Report of the Municipal Commissioner on the plague in Bombay for the year ending 31st May... - Volume 3
Disease focus: Plague
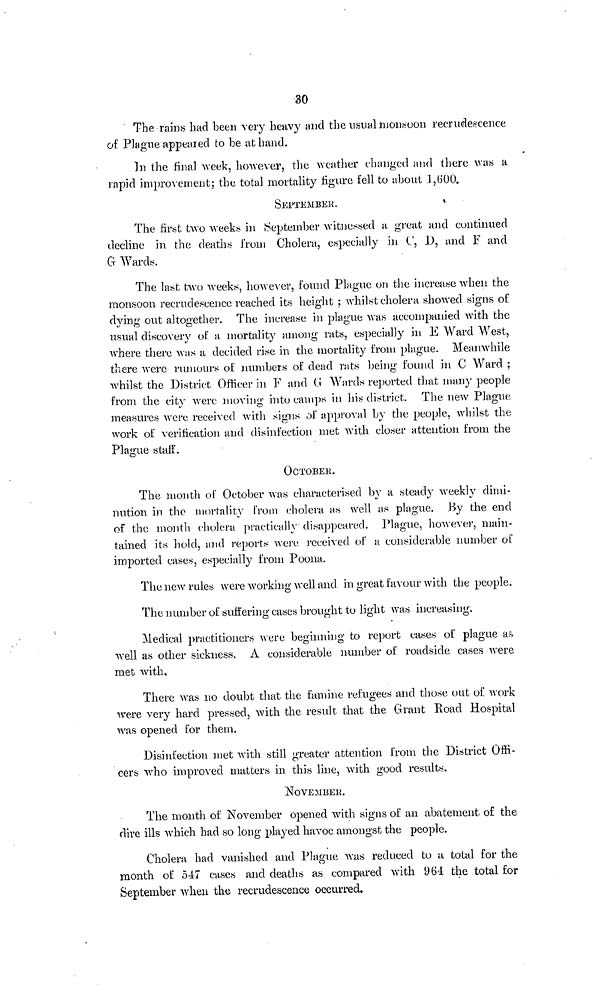
30
The rain« had been very heavy and the usual monsoon recrudescence
of Plague appeared to be at hand.
In the final week, however, the weather changed and there was a
rapid improvement; the total mortality figure fell to about 1,600.
SEPTEMBER.
The first two weeks in September witnessed a great and continued
decline in the deaths from Cholera, especially in C, I), and F and
G Wards.
The last two weeks, however, found Plague on the increase when the
monsoon recrudescence reached its height ; whilst cholera showed signs of
dying out altogether. The increase in plague was accompanied with the
usual discovery of a mortality among rats, especially in E Ward West,
where there was a decided rise in the mortality from plague. Meanwhile
there were rumours of numbers of dead rats being found in C Ward ;
whilst the District Officer in F and G Wards reported that many people
from the city were moving into camps in his district. The new Plague
measures were received with signs of approval by the people, whilst the.
work of verification and disinfection met with closer attention from the
Plague staff.
OCTOBER.
The month of October was characterised by a steady weekly dimi-
nution in the mortality from cholera as well as plague. By the end
of the month cholera practically disappeared. Plague, however, main-
tained its hold, and reports were received of a considerable number of
imported cases, especially from Poona.
The new rules were working well and in great favour with the people.
The number of suffering cases brought to light was increasing.
Medical practitioners were beginning to report cases of plague as
well as other sickness. À considerable number of roadside cases were
met with,
There was no doubt that the famine refugees and those out of work
were very hard pressed, with the result that the Grant Road Hospital
was opened for them.
Disinfection met with still greater attention from the District Offi-
cers who improved matters in this line, with good results.
NOVEMBER.
The month of November opened with signs of an abatement of the
dire ills which had so long played havoc amongst the people.
Cholera had vanished and Plague was reduced to a total for the
month of 547 cases and deaths as compared with 964 the total for
September when the recrudescence occurred.